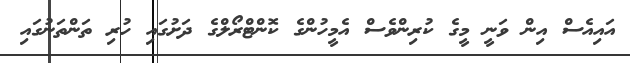
އައިއެސް އިން ވަނީ މީގެ ކުރިންވެސް އެމީހުންގެ ކޮންޓްރޯލްގެ ދަށުގައި ހުރި ތަންތަނުގައި